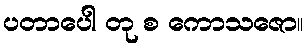
ပတာပေါ တု စ ကောသဇော။